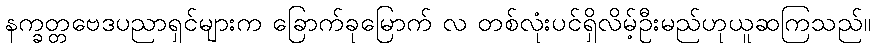
နက္ခတ္တဗေဒပညာရှင်များက ခြောက်ခုမြောက် လ တစ်လုံးပင်ရှိလိမ့်ဦးမည်ဟုယူဆကြသည်။